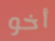
أخو